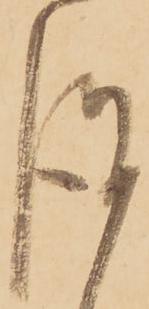
謹